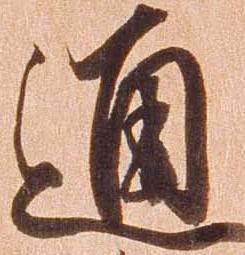
通